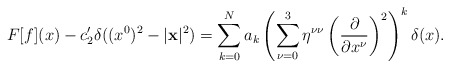
\begin{align*}F[f](x) - c_{2}^{\prime } \delta ((x^{0})^{2} - |{\bf x}|^{2}) =\sum_{k = 0}^{N} a_{k} \left( \sum_{\nu = 0}^{3} \eta^{\nu \nu }\left( \frac{\partial }{\partial x^{\nu }}\right)^{2} \right)^{k}\delta (x).\end{align*}